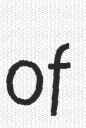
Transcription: of